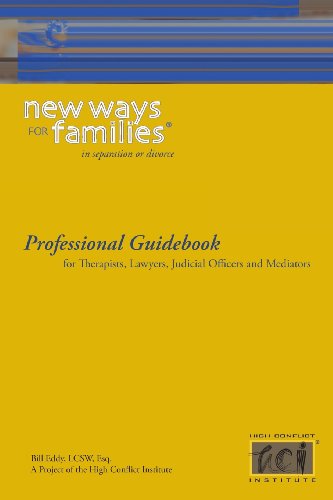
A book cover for New Ways for Families Professional Guidebook: For Therapists, Lawyers, Judicial Officers and Mediators; Bill Eddy; Law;